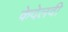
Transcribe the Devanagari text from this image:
केदेलवी